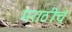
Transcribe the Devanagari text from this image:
मराठीचं